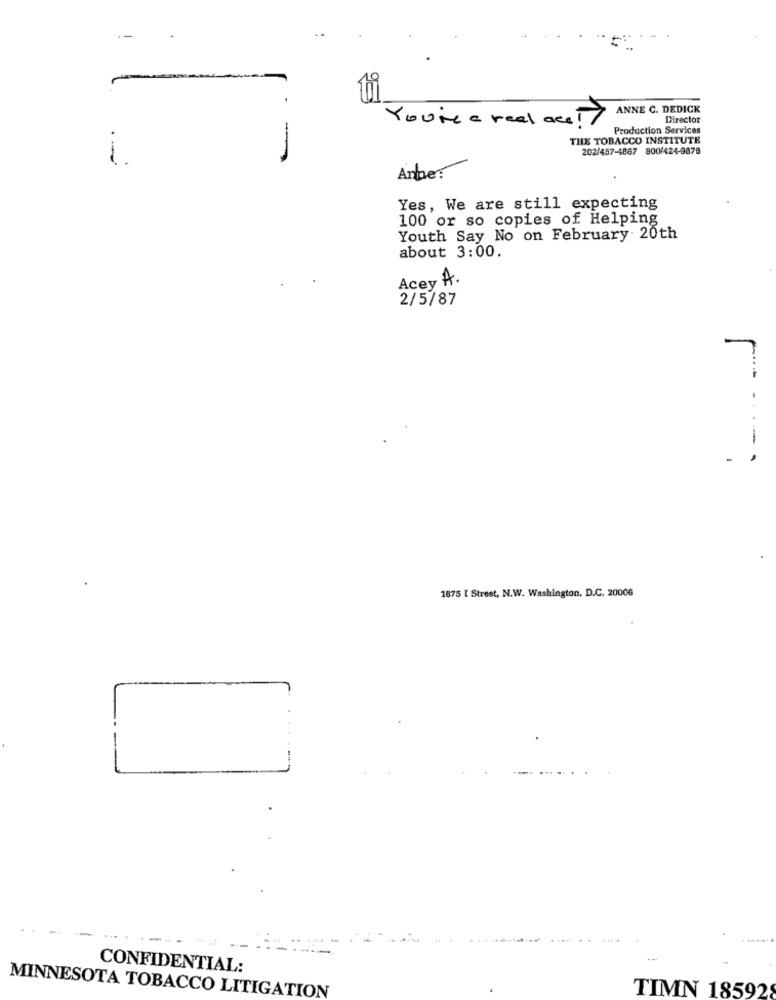
--
ANNE C. DEDICK
You're a real ace
Director
-
Production Services
THE TOBACCO INSTITUTE
202/457-4867 800/424-9876
1.
Anne:
Yes, We are still expecting
100 or so copies of Helping
Youth Say No on February 20th
about 3:00.
Acey A.
2/5/87
---
1875 [ Street, N.W. Washington, D.C. 20006
L
CONFIDENTIAL:
MINNESOTA TOBACCO LITIGATION
TIMN 185928